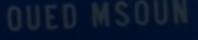
OUEDMSOUN